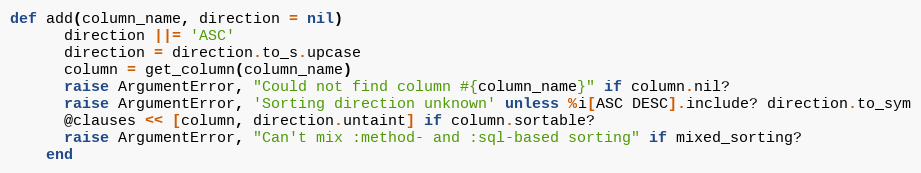
Language: Ruby
def add(column_name, direction = nil)
      direction ||= 'ASC'
      direction = direction.to_s.upcase
      column = get_column(column_name)
      raise ArgumentError, "Could not find column #{column_name}" if column.nil?
      raise ArgumentError, 'Sorting direction unknown' unless %i[ASC DESC].include? direction.to_sym
      @clauses << [column, direction.untaint] if column.sortable?
      raise ArgumentError, "Can't mix :method- and :sql-based sorting" if mixed_sorting?
    end